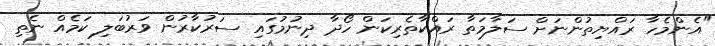
"އެންމެހާ ރައްޔިތުންނަށް ސަލާމަތާ ރައްކާތެރިކަން ހޯދާ ދިނުމުގައި ސަރުކާރުން ވަރުބަލި ކަމެއް ނެތި